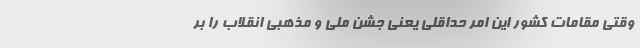
وقتی مقامات کشور این امر حداقلی یعنی جشن ملی و مذهبی انقلاب را بر